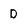
Character: D